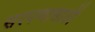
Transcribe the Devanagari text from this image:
सरपणासाठी